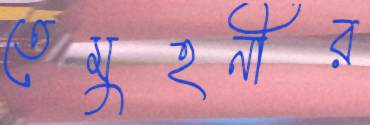
তেমুহনীর